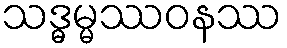
သဒ္ဓမ္မဿဝနဿ